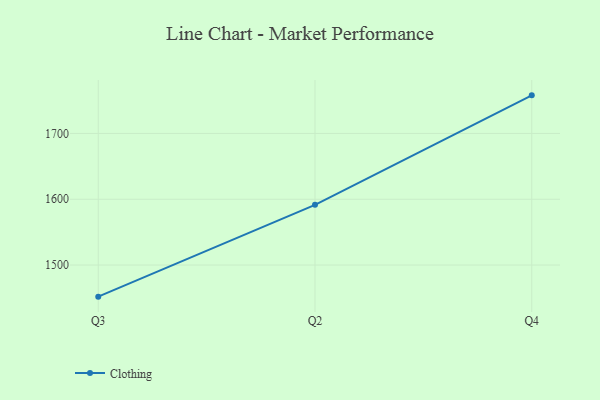
{"axis": {"x": "Quarter", "y": "Active Users"}, "legend": ["Clothing"], "data": [{"x": "Q3", "y": 1452.0, "type": "Clothing"}, {"x": "Q2", "y": 1591.5, "type": "Clothing"}, {"x": "Q4", "y": 1757.9, "type": "Clothing"}]}